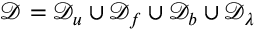
\mathcal { D } = \mathcal { D } _ { u } \cup \mathcal { D } _ { f } \cup \mathcal { D } _ { b } \cup \mathcal { D } _ { \lambda }